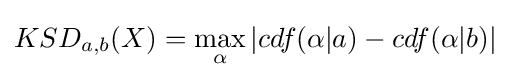
\textstyle KSD_{a,b}(X)={\underset {\alpha }{\max }}\left|cdf(\alpha |a)-cdf(\alpha |b)\right|